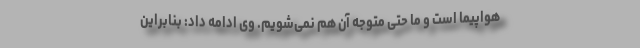
هواپیما است و ما حتی متوجه آن هم نمی‌شویم. وی ادامه داد: بنابراین